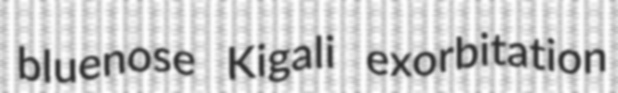
bluenose Kigali exorbitation